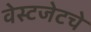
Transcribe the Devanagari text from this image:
वेस्टजेटचे